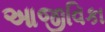
આજીવિકા